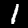
Digit: 1